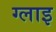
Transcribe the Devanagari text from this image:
ग्लाइ